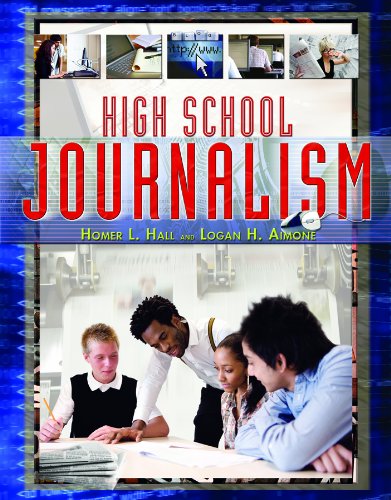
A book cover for High School Journalism; Homer L. Hall; Teen & Young Adult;